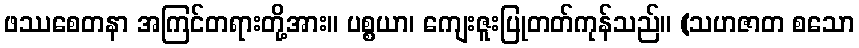
ဖဿစေတနာ အကြင်တရားတို့အား။ ပစ္စယာ၊ ကျေးဇူးပြုတတ်ကုန်သည်။ (သဟဇာတ စသော